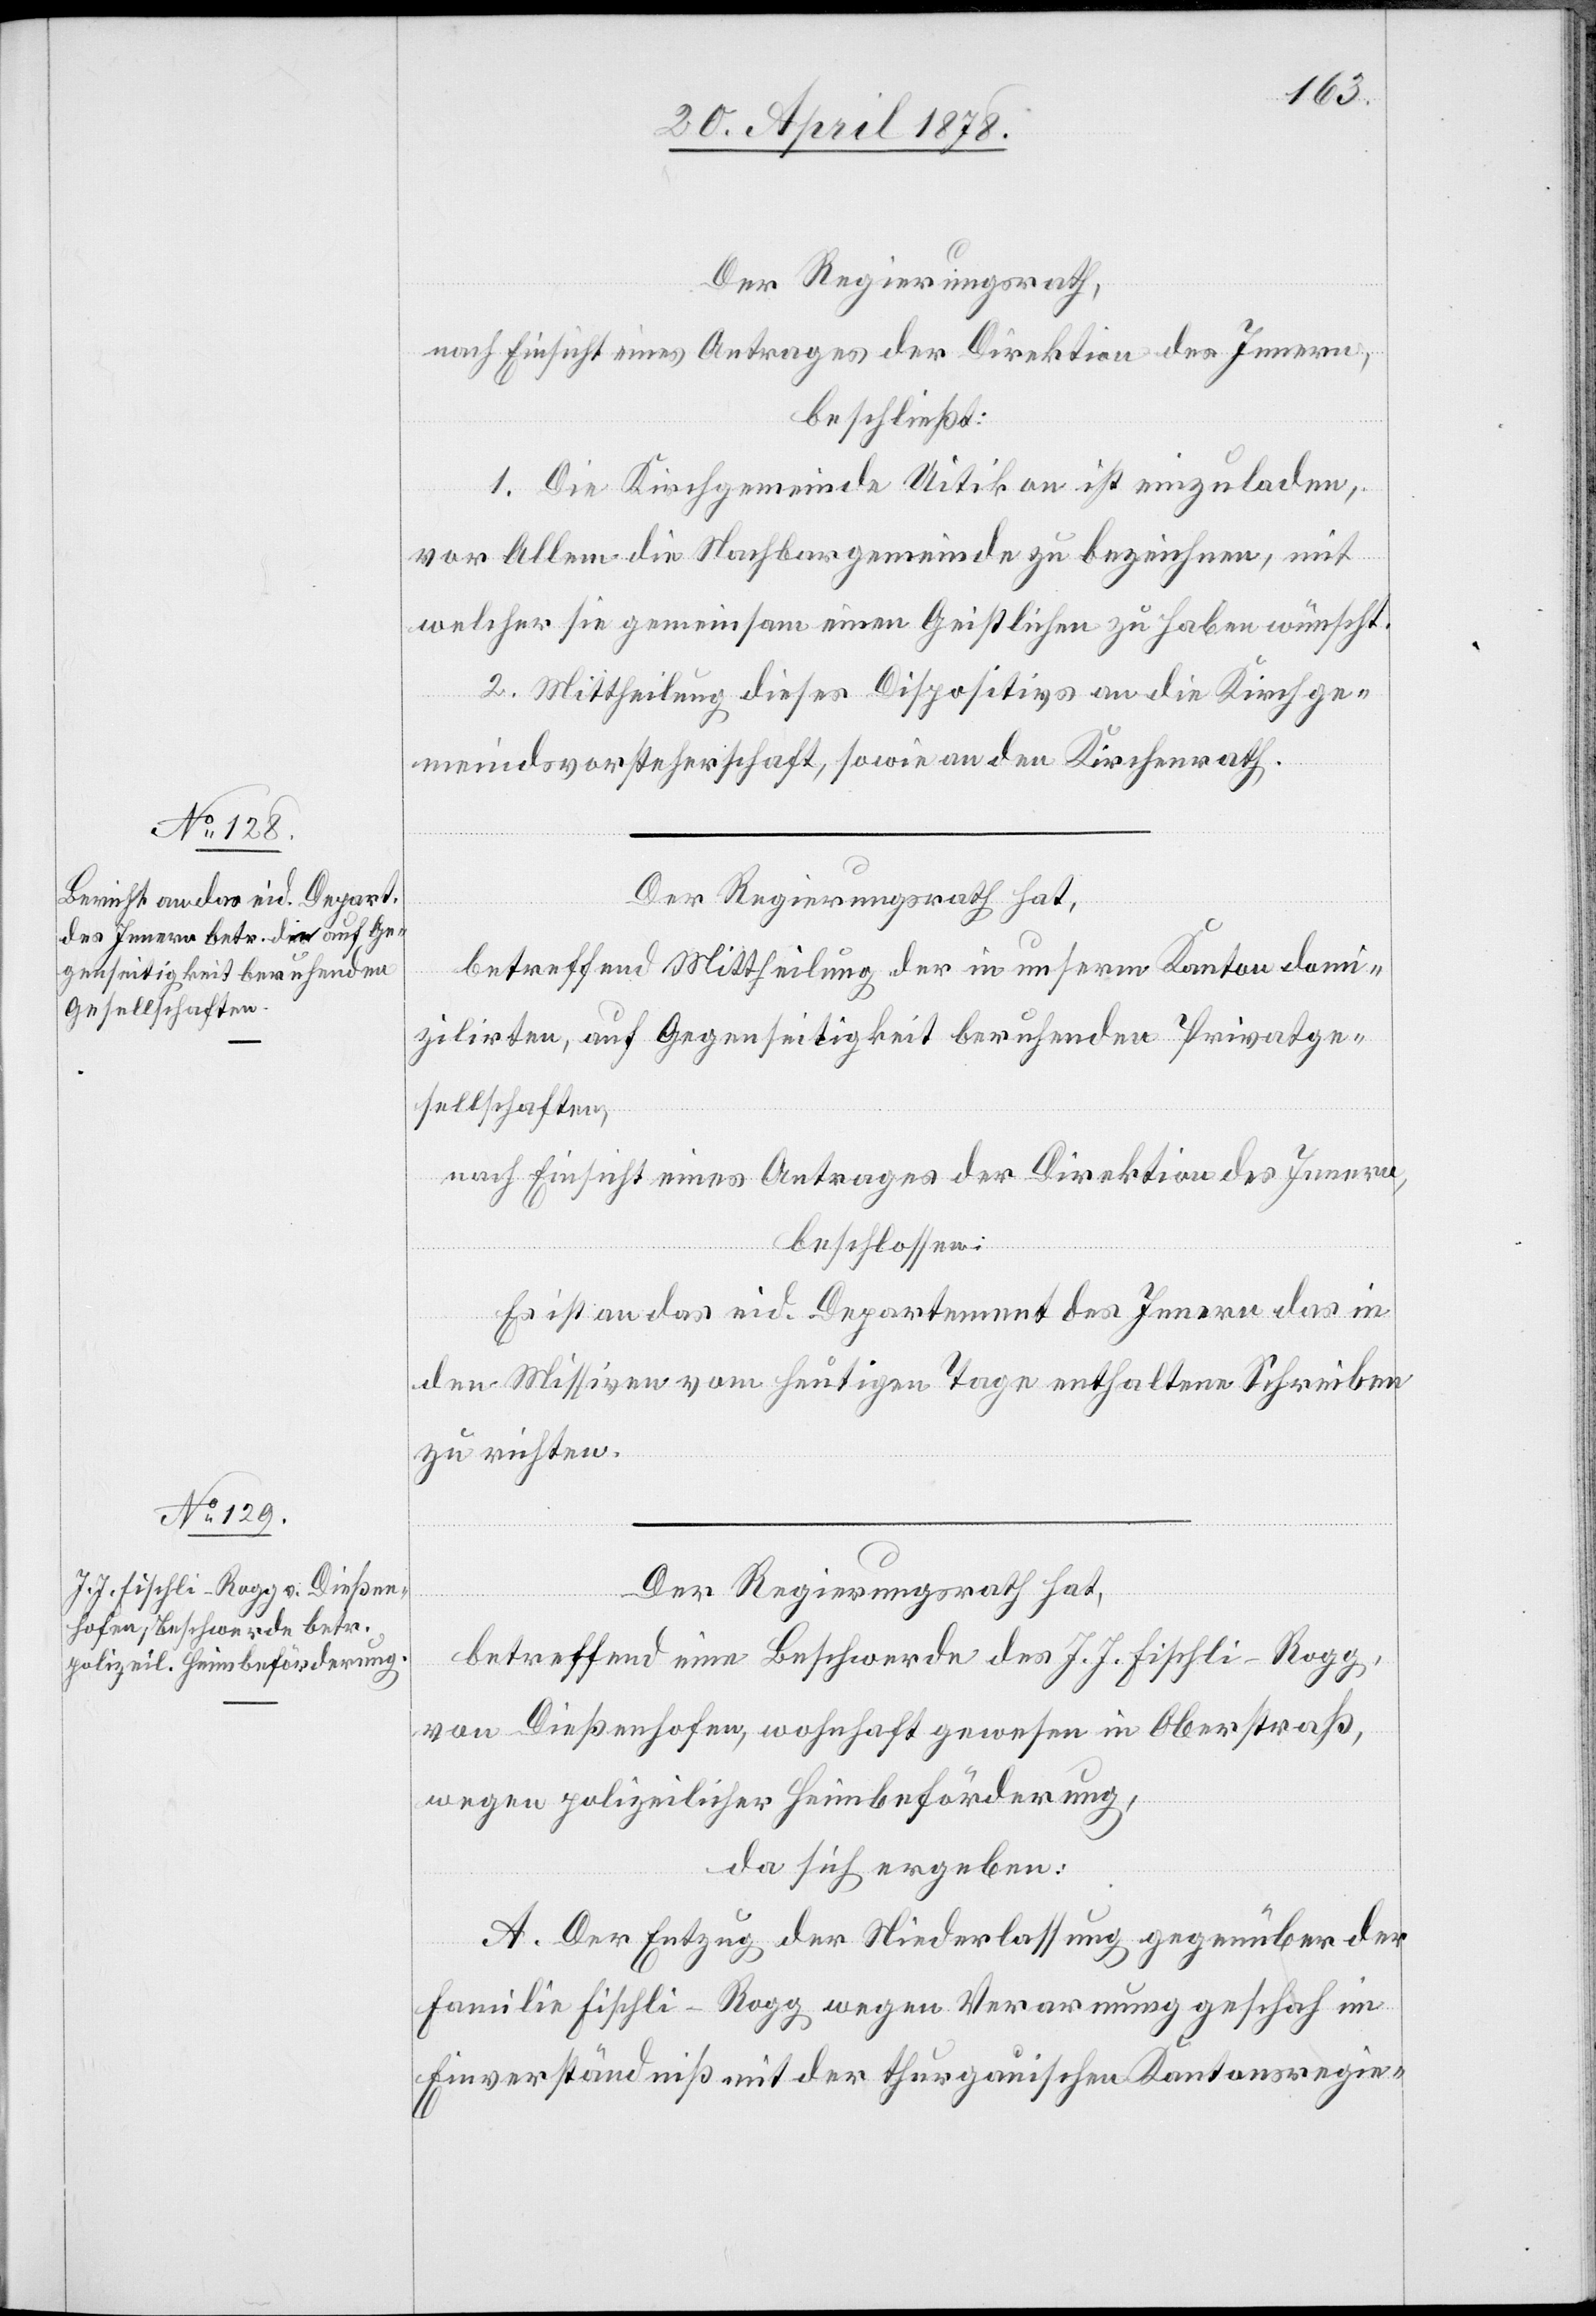
Der Regierungsrath,
nach Einsicht eines Antrages der Direktion des Innern,
beschließt:
1. Die Kirchgemeinde Uitikon ist einzuladen,
vor Allem die Nachbargemeinde zu bezeichnen, mit
welcher sie gemeinsam einen Geistlichen zu haben wünscht.
2. Mittheilung dieses Dispositivs an die Kirchge¬
meindsvorsteherschaft, sowie an den Kirchenrath.
Der Regierungsrath hat,
betreffend Mittheilung der in unserem Kanton domi¬
zilirten, auf Gegenseitigkeit beruhenden Privatge¬
sellschaften,
nach Einsicht eines Antrages der Direktion des Innern,
beschlossen:
Es ist an das eid. Departement des Innern das in
den Missiven vom heutigen Tage enthaltene Schreiben
zu richten.
Der Regierungsrath hat,
betreffend eine Beschwerde des J. J. Fischli-Rogg,
von Dießenhofen, wohnhaft gewesen in Oberstraß,
wegen polizeilicher Heimbeförderung,
da sich ergeben:
A. Der Entzug der Niederlassung gegenüber der
Familie Fischli-Rogg wegen Verarmung geschah im
Einverständniß mit der thurgauischen Kantonsregie-